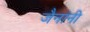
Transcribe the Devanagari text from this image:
जैनांनी